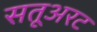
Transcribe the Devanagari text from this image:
सतूअरट